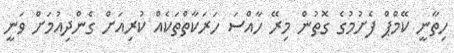
ހިތާނީ ކޭމްޕް ފެށުމުގެ ގޮތުން މިރޭ ހާއްސަ ހަރަކާތްތަކެއް ކުރިއަށް ގެންދިއުމަށް ވަނީ